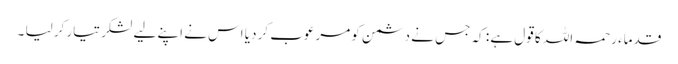
قدماء رحمہ اللہ کا قول ہے : کہ جس نے دشمن کو مرعوب کر دیا اس نے اپنے لیے لشکر تیار کر لیا ۔